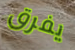
يفرق